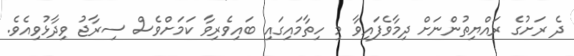
ދެ ރަށުގެ ރައްޔިތުންނަށް ދިމާވެފައިވާ މި ހިތާމައިގައި ބައިވެރިވާ ކަމަށްވެސް ސިރާޖު ވިދާޅުވިއެވެ.